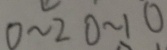
0 \sim 2 0 \sim 1 0